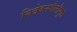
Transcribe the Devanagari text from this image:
निवेदनशैलीमुळे